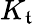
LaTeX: K_{\mathfrak{t}}